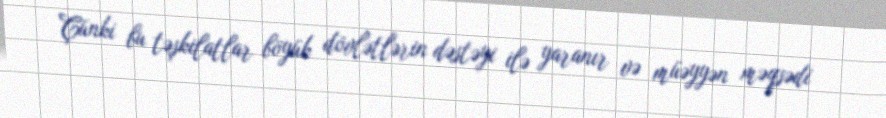
Çünki bu təşkilatlar böyük dövlətlərin dəstəyi ilə yaranır və müəyyən məqsədi